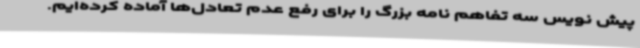
پیش نویس سه تفاهم نامه بزرگ را برای رفع عدم تعادل‌ها آماده کرده‌ایم.